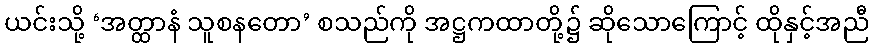
ယင်းသို့ ‘အတ္ထာနံ သူစနတော’ စသည်ကို အဋ္ဌကထာတို့၌ ဆိုသောကြောင့် ထိုနှင့်အညီ